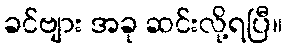
ခင်ဗျား အခု ဆင်းလို့ရပြီ။